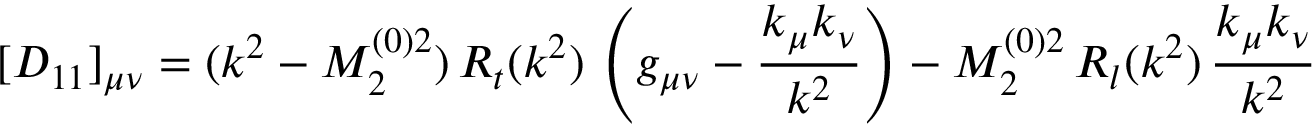
[ D _ { 1 1 } ] _ { \mu \nu } = ( k ^ { 2 } - M _ { 2 } ^ { ( 0 ) 2 } ) \, R _ { t } ( k ^ { 2 } ) \, \left( g _ { \mu \nu } - \frac { k _ { \mu } k _ { \nu } } { k ^ { 2 } } \right) - M _ { 2 } ^ { ( 0 ) 2 } \, R _ { l } ( k ^ { 2 } ) \, \frac { k _ { \mu } k _ { \nu } } { k ^ { 2 } }